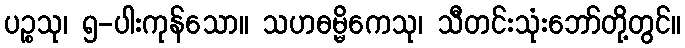
ပဉ္စသု၊ ၅-ပါးကုန်သော။ သဟဓမ္မိကေသု၊ သီတင်းသုံးဘော်တို့တွင်။